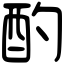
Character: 酌